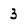
Character: 3